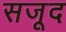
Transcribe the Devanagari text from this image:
सजूद